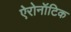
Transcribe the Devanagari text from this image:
ऐरोनॉटिक